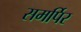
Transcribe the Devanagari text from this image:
समर्पिर